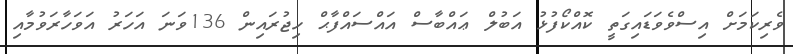
ވެރިކަމަށް އިސްވެވަޑައިގަތީ ކޮއްކޯފުޅު އަބުލް ޢައްބާސް އައްސައްފާޙް ހިޖުރައިން 136ވަނަ އަހަރު އަވަހާރަވުމާއި